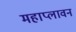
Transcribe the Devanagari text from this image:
महाप्लावन